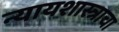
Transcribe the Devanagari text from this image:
न्यायशास्त्राचा